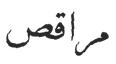
مراقص